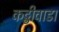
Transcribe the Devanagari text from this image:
कट्ठीवाडा